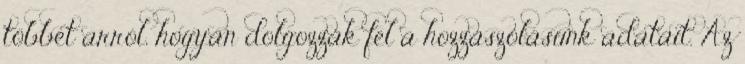
többet arról, hogyan dolgozzák fel a hozzászólásunk adatait. Az